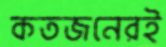
কতজনেরই